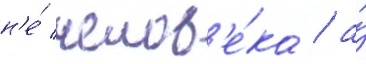
н'е́ челов'е́ка / а́